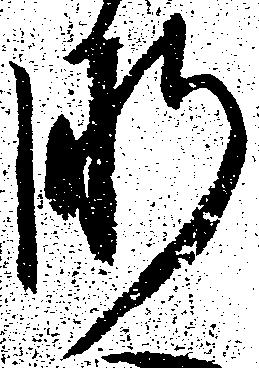
肝